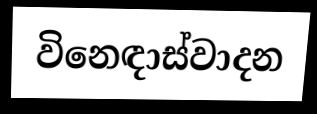
විනෙඳාස්වාදන